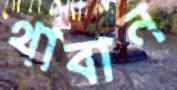
থাবান